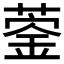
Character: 𦹦